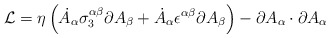
\begin{align*}{\cal L} = \eta\left(\dot A_\alpha\sigma_3^{\alpha\beta}\partial A_\beta+ \dot A_\alpha\epsilon^{\alpha\beta}\partial A_\beta\right) - \partial A_\alpha\cdot\partial A_\alpha\end{align*}